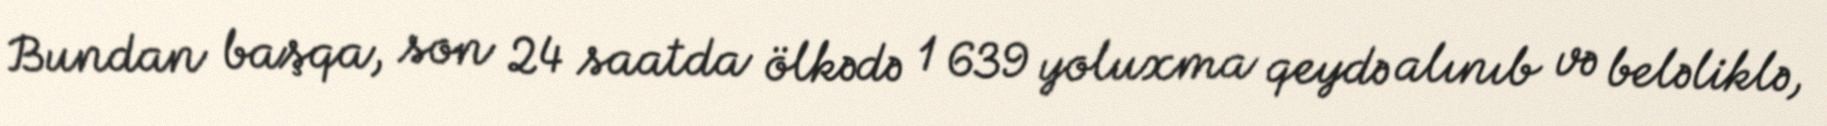
Bundan başqa, son 24 saatda ölkədə 1 639 yoluxma qeydə alınıb və beləliklə,